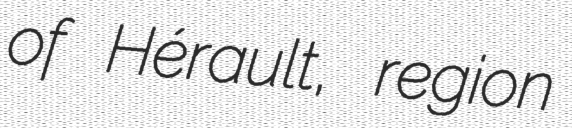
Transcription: of Hérault, region